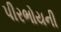
પીરભોયની